system: You are a helpful assistant.
user:
Analyze the provided spectrum to determine if it is a **"Cataclysmic Variables (CV)"**.

- **Key Indicators for CV (Check for either state):**
    - **State 1: Quiescent / Low-State (Emission-Dominated)**
        - **(Primary):** Strong and *very broad* Hydrogen Balmer emission lines (e.g., $H\alpha$ at 6563 Å, $H\beta$ at 4861 Å). The 'broadness' (high velocity dispersion, often FWHM > 1000 km/s) is the key diagnostic, indicating a high-velocity accretion disk.
        - **(Secondary):** Broad neutral Helium (He I) emission lines (e.g., 5876 Å, 6678 Å).
        - **(Key Confirmation):** Presence of high-excitation *ionized* Helium (He II) emission at 4686 Å. This is a strong indicator of accretion onto a white dwarf.
        - **(Line Profile):** Emission lines may exhibit a 'double-peaked' profile, which is a classic signature of a rotating accretion disk viewed at high inclination.

    - **State 2: Outburst / High-State (Absorption-Dominated)**
        - **(Primary):** Spectrum is dominated by a bright, blue continuum (looks like a hot star).
        - **(Secondary):** The emission lines from State 1 are weak, absent, or 'filled in', and are replaced by broad, shallow *absorption* lines (primarily Balmer and He I).
        - **(Morphology):** The overall spectrum mimics a hot B/A-type star. The crucial difference is that the absorption lines are significantly broader, shallower, and more 'washed-out' (or 'smeared') than the sharp lines of a normal stellar photosphere, due to high rotational speeds and pressure broadening in the disk.

Think first, call **spectral_visualization_tool** if needed to examine features in detail, then provide your final answer. Your response must adhere to the following strict rules:
1.  **Overall Structure:** Your response must follow the format `<think>...</think> <tool_call>...</tool_call> (if a tool is used) <answer>...</answer>`.
2.  **Tool Usage Constraint:** You may only make **one** tool call per turn.
3.  **Final Answer Format:** In the `<answer>` tag, your conclusion must be inside a `\boxed{}` command (e.g., `\boxed{YES}`), followed by your justification.

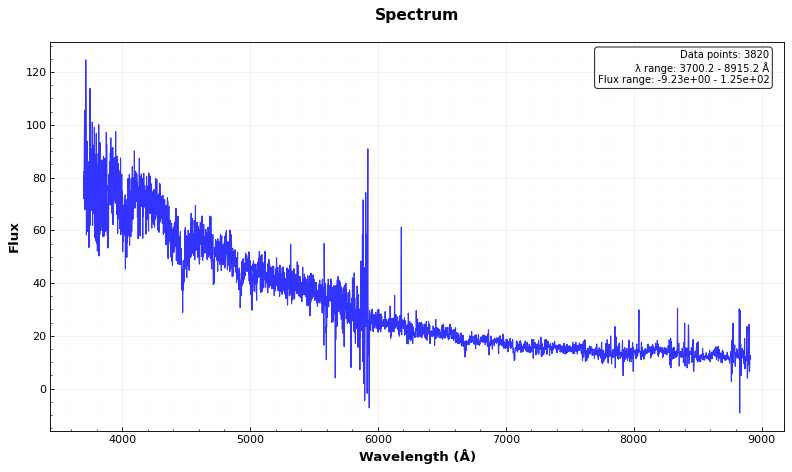
Answer: NO